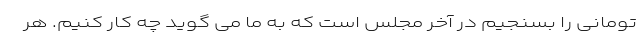
تومانی را بسنجیم در آخر مجلس است که به ما می گوید چه کار کنیم. هر